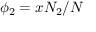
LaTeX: \phi _ { 2 } = x N _ { 2 } / N